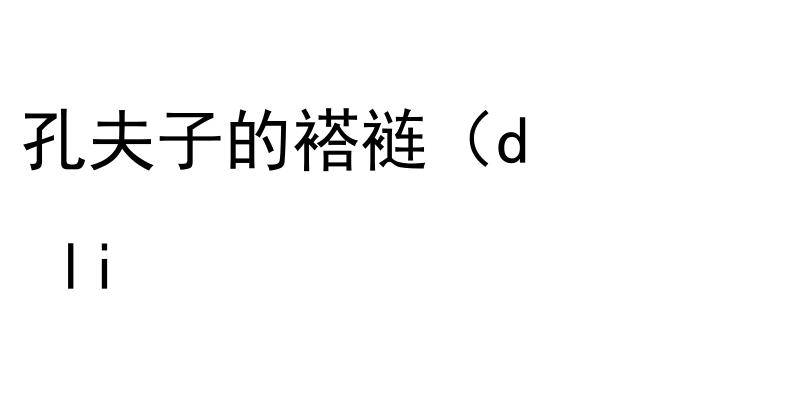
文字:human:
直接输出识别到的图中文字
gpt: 孔夫子的褡裢（d  li